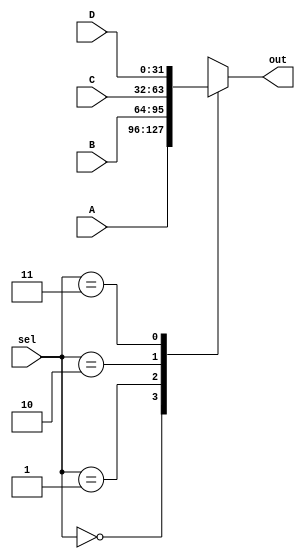
module multiplexer_4to1_32bit(A,B,C,D,sel,out);
    input [31:0] A;
    input [31:0] B;
    input [31:0] C;
    input [31:0] D;
    input [1:0] sel;
    output reg [31:0] out;


    always @(*) begin
        case (sel)
            2'b00: out = A;
            2'b01: out = B;
            2'b10: out = C;
            2'b11: out = D;
            default: out = 32'b0;
        endcase
    end

endmodule